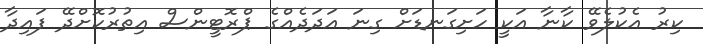
ކިރު އެކުލެވޭ ކާނާ އަކީ ހަށިގަނޑަށް ގިނަ އަދަދެއްގެ ޕްރޮޓީންސް އިތުރުކޮށްދޭ ފައިދާ